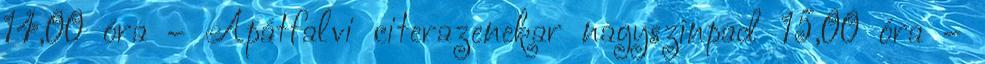
14,00 óra – Apátfalvi citerazenekar nagyszínpad 15,00 óra –